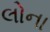
લોના